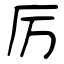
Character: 厉